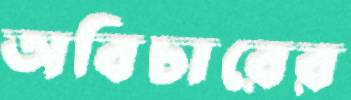
অবিচারের